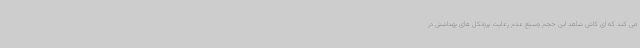
می کند که ای کاش شاهد این حجم وسیع عدم رعایت پروتکل های بهداشتی در